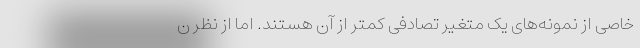
خاصی از نمونه‌های یک متغیر تصادفی کمتر از آن‌ هستند. اما از نظر ن